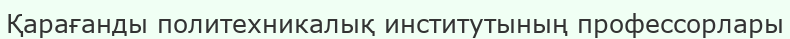
Қарағанды политехникалық институтының профессорлары